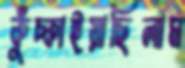
কুঁচ্‌কাইয়াছিলাম